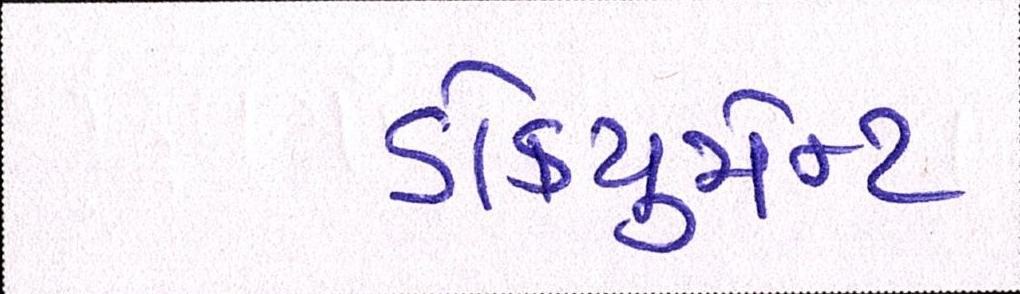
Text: ડોકયુમેન્ટ